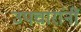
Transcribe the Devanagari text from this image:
उपचारांनीं